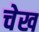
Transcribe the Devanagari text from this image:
चेख